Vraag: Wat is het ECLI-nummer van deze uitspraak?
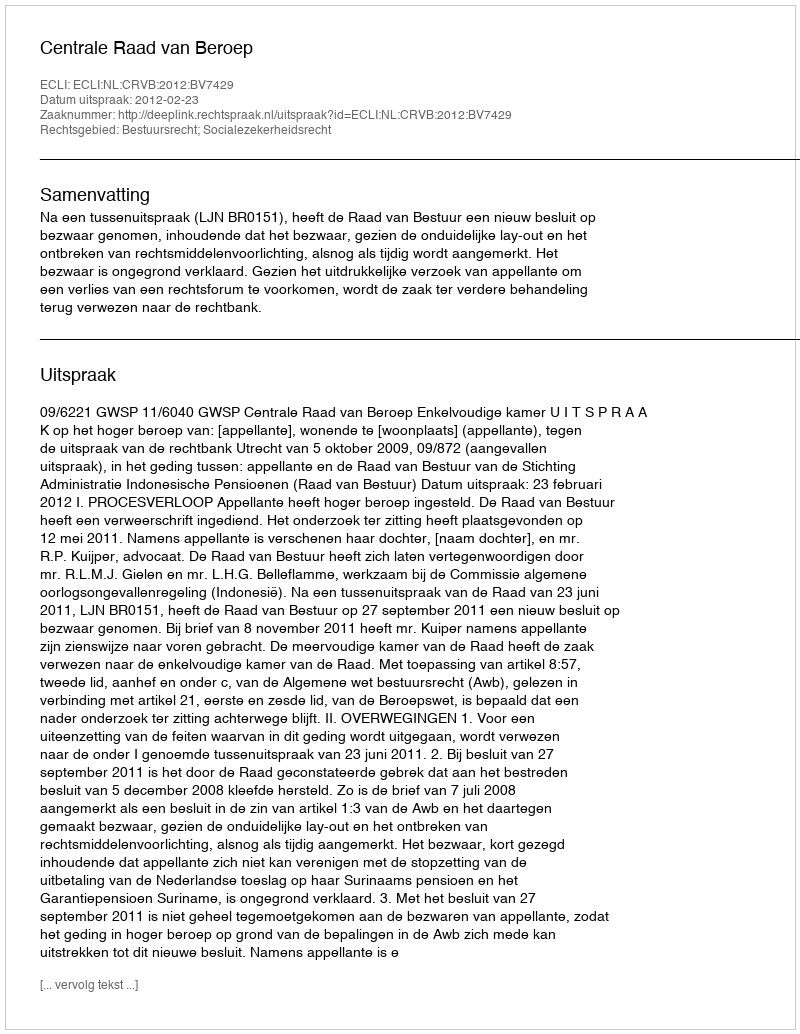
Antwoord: ECLI:NL:CRVB:2012:BV7429